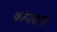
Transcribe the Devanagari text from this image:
करेजसला